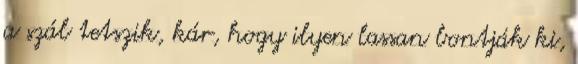
a szál tetszik, kár, hogy ilyen lassan bontják ki,